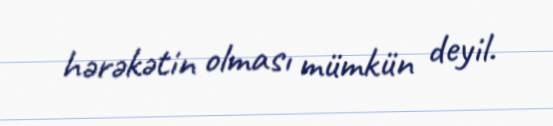
hərəkətin olması mümkün deyil.